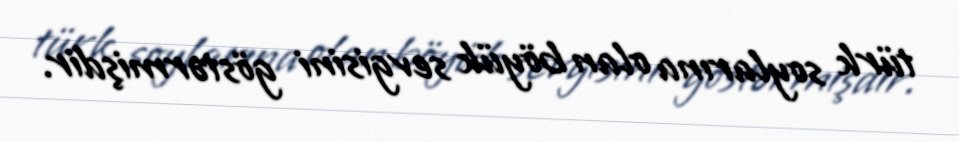
türk soylarına olan böyük sevgisini göstərmişdir.